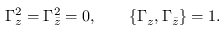
{ \Gamma _ { z } ^ { 2 } = \Gamma _ { \bar { z } } ^ { 2 } = 0 , \qquad \{ \Gamma _ { z } , \Gamma _ { \bar { z } } \} = 1 . }